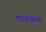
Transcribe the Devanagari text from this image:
पाश्कल